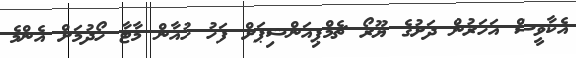
އެކާވީސް އަހަރުން ދަށުގެ ޔޫރޯ ޗެމްޕިއަންޝިޕަށް ފަހު ހުއާން މާޓާ ހޯދުމަށް އެންމެ